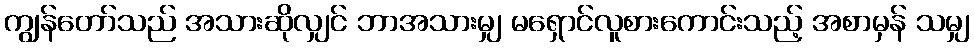
ကျွန်တော်သည် အသားဆိုလျှင် ဘာအသားမျှ မရှောင်လူစားကောင်းသည့် အစာမှန် သမျှ